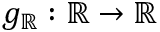
g _ { \mathbb { R } } : \mathbb { R } \to \mathbb { R }